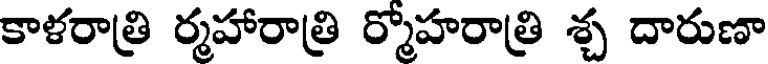
కాళరాత్రి ర్మహారాత్రి ర్మోహరాత్రి శ్చ దారుణా